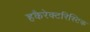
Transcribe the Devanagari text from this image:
हकैरेक्टरिस्टिक